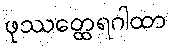
ဖုဿတ္ထေရဂါထာ